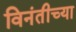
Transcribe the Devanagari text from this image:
विनंतीच्या